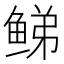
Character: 𬶕